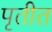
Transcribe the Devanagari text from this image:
पृतीत